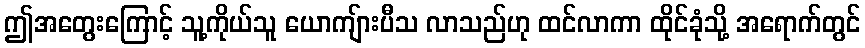
ဤအတွေးကြောင့် သူ့ကိုယ်သူ ယောကျ်ားပီသ လာသည်ဟု ထင်လာကာ ထိုင်ခုံသို့ အရောက်တွင်